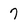
Character: 7